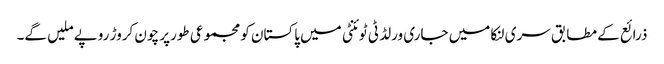
ذرائع کے مطابق سری لنکا میں جاری ورلڈ ٹی ٹوئنٹی میں پاکستان کو مجموعی طورپر چون کروڑ روپے ملیں گے۔